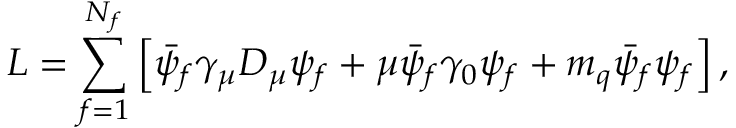
{ \cal L } = \sum _ { f = 1 } ^ { N _ { f } } \left[ \bar { \psi } _ { f } \gamma _ { \mu } D _ { \mu } \psi _ { f } + \mu \bar { \psi } _ { f } \gamma _ { 0 } \psi _ { f } + m _ { q } \bar { \psi } _ { f } \psi _ { f } \right] ,